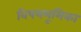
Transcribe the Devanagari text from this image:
विषयभूमिका